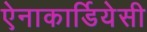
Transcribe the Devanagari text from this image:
ऐनाकार्डियेसी